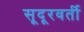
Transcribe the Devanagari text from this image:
सूदूरवर्ती